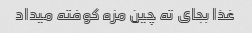
غذا بجای ته چین مزه کوفته میداد